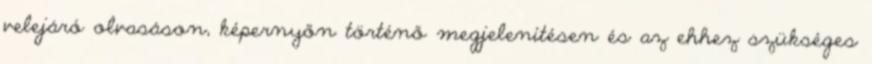
velejáró olvasáson, képernyőn történő megjelenítésen és az ehhez szükséges